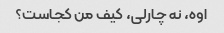
اوه، نه چارلی، کیف من کجاست؟